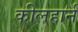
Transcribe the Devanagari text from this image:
कीलहार्न